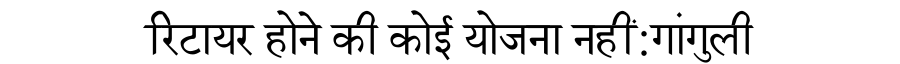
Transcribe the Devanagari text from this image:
रिटायर होने की कोई योजना नहीं:गांगुली